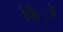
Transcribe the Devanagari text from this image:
फिं्रजें